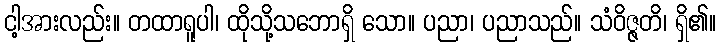
ငါ့အားလည်း။ တထာရူပါ၊ ထိုသို့သဘောရှိ သော။ ပညာ၊ ပညာသည်။ သံဝိဇ္ဇတိ၊ ရှိ၏။